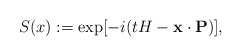
\begin{align*} S(x):=\exp[-i(tH-{\bf x}\cdot{\bf P})],\end{align*}